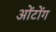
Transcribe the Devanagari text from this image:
ओंटोंग